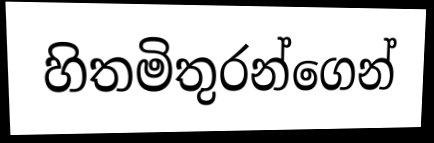
හිතමිතුරන්ගෙන්